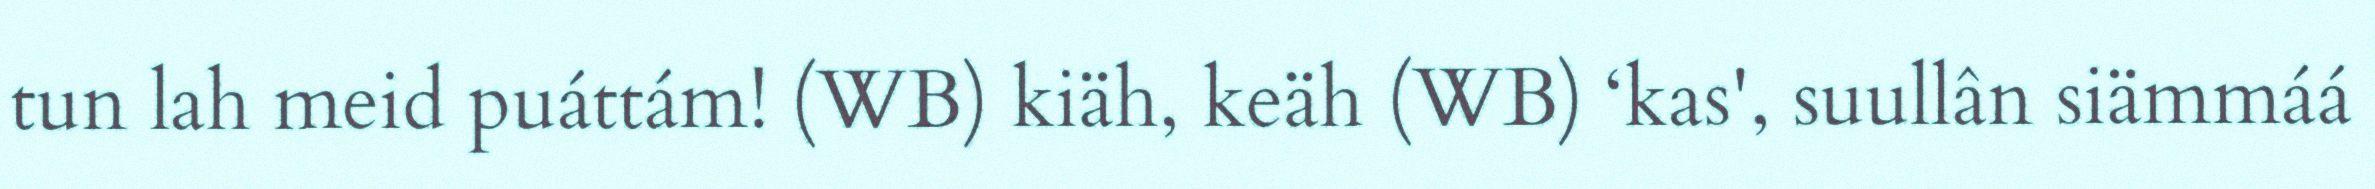
tun lah meid puáttám! (WB) kiäh, keäh (WB) ‘kas', suullân siämmáá